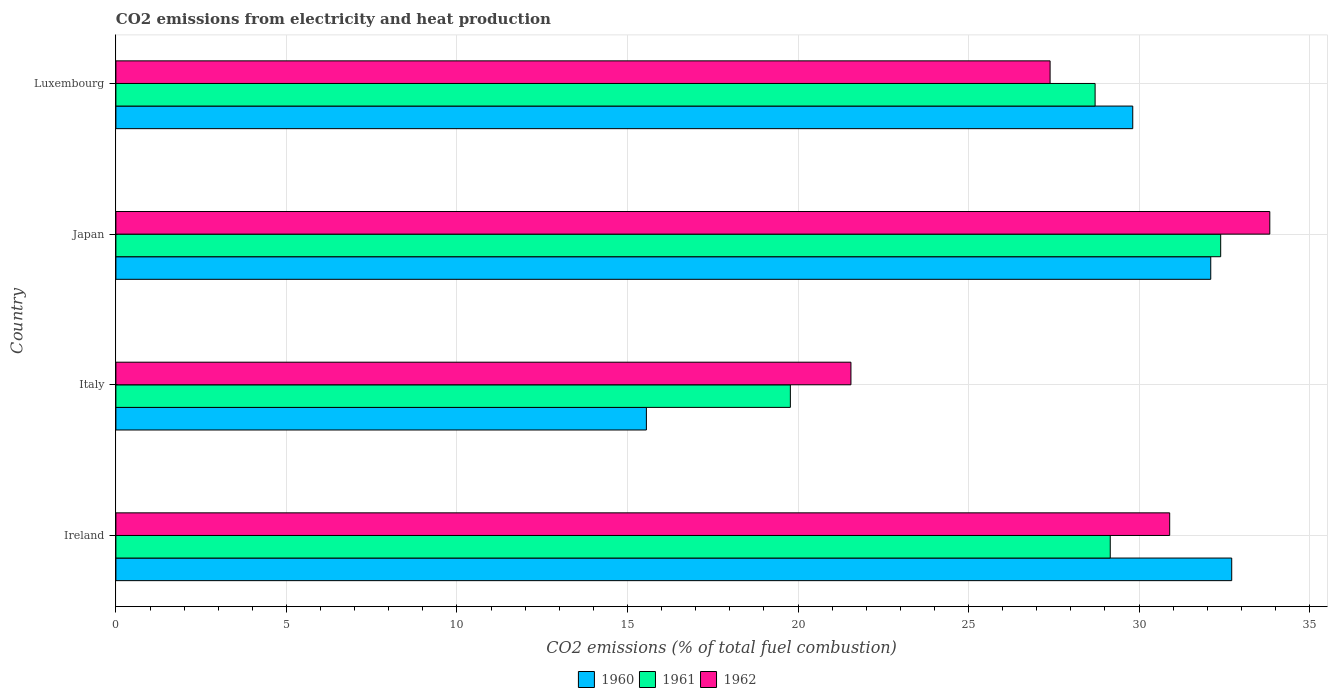
| Country | 1960 | 1961 | 1962 |
 | --- | --- | --- | --- |
 | Ireland | 32.7 | 29.2 | 30.9 |
 | Italy | 15.6 | 19.8 | 21.6 |
 | Japan | 32.1 | 32.4 | 33.8 |
 | Luxembourg | 29.8 | 28.7 | 27.4 |